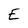
Character: E